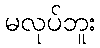
မလုပ်ဘူး